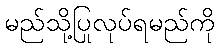
မည်သို့ပြုလုပ်ရမည်ကို